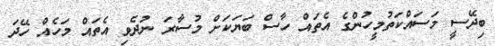
ބިދޭސީ މަސައްކަތުމީހުންގެ އެތައް ހާސް ބަޔަކަށް މުސާރަ ނުދެވި އެތައް މަހެއް ހޭދަ